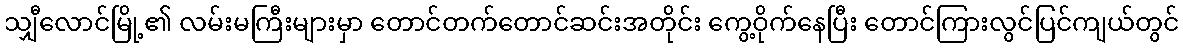
သျှီလောင်မြို့၏ လမ်းမကြီးများမှာ တောင်တက်တောင်ဆင်းအတိုင်း ကွေ့ဝိုက်နေပြီး တောင်ကြားလွင်ပြင်ကျယ်တွင်